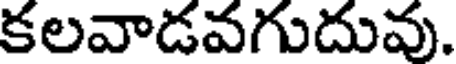
కలవాడవగుదువు.